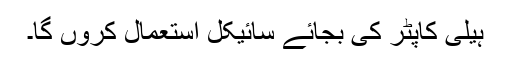
ہیلی کاپٹر کی بجائے سائیکل استعمال کروں گا۔